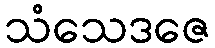
သံသေဒဇေ